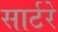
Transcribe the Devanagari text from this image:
सार्टरे